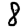
Digit: 8